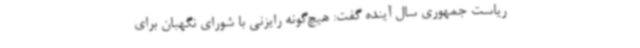
ریاست جمهوری سال آینده گفت: هیچ‌گونه رایزنی با شورای نگهبان برای